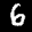
Label: 6